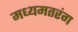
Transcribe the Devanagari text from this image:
मध्यमतरंग